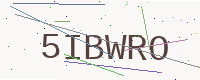
Text: 5IBWRO